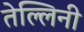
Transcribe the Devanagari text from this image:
तेल्लिनी